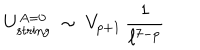
U _ { \mathrm { s t r i n g } } ^ { A = 0 } ~ \sim ~ V _ { p + 1 } \, \frac { 1 } { \ell ^ { 7 - p } }